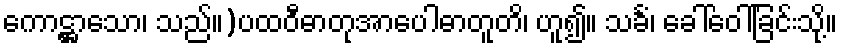
ကောဋ္ဌာသော၊ သည်။)ပထဝီဓာတုအာပေါဓာတူတိ၊ ဟူ၍။ သင်္ခံ၊ ခေါ်ဝေါ်ခြင်းသို့။